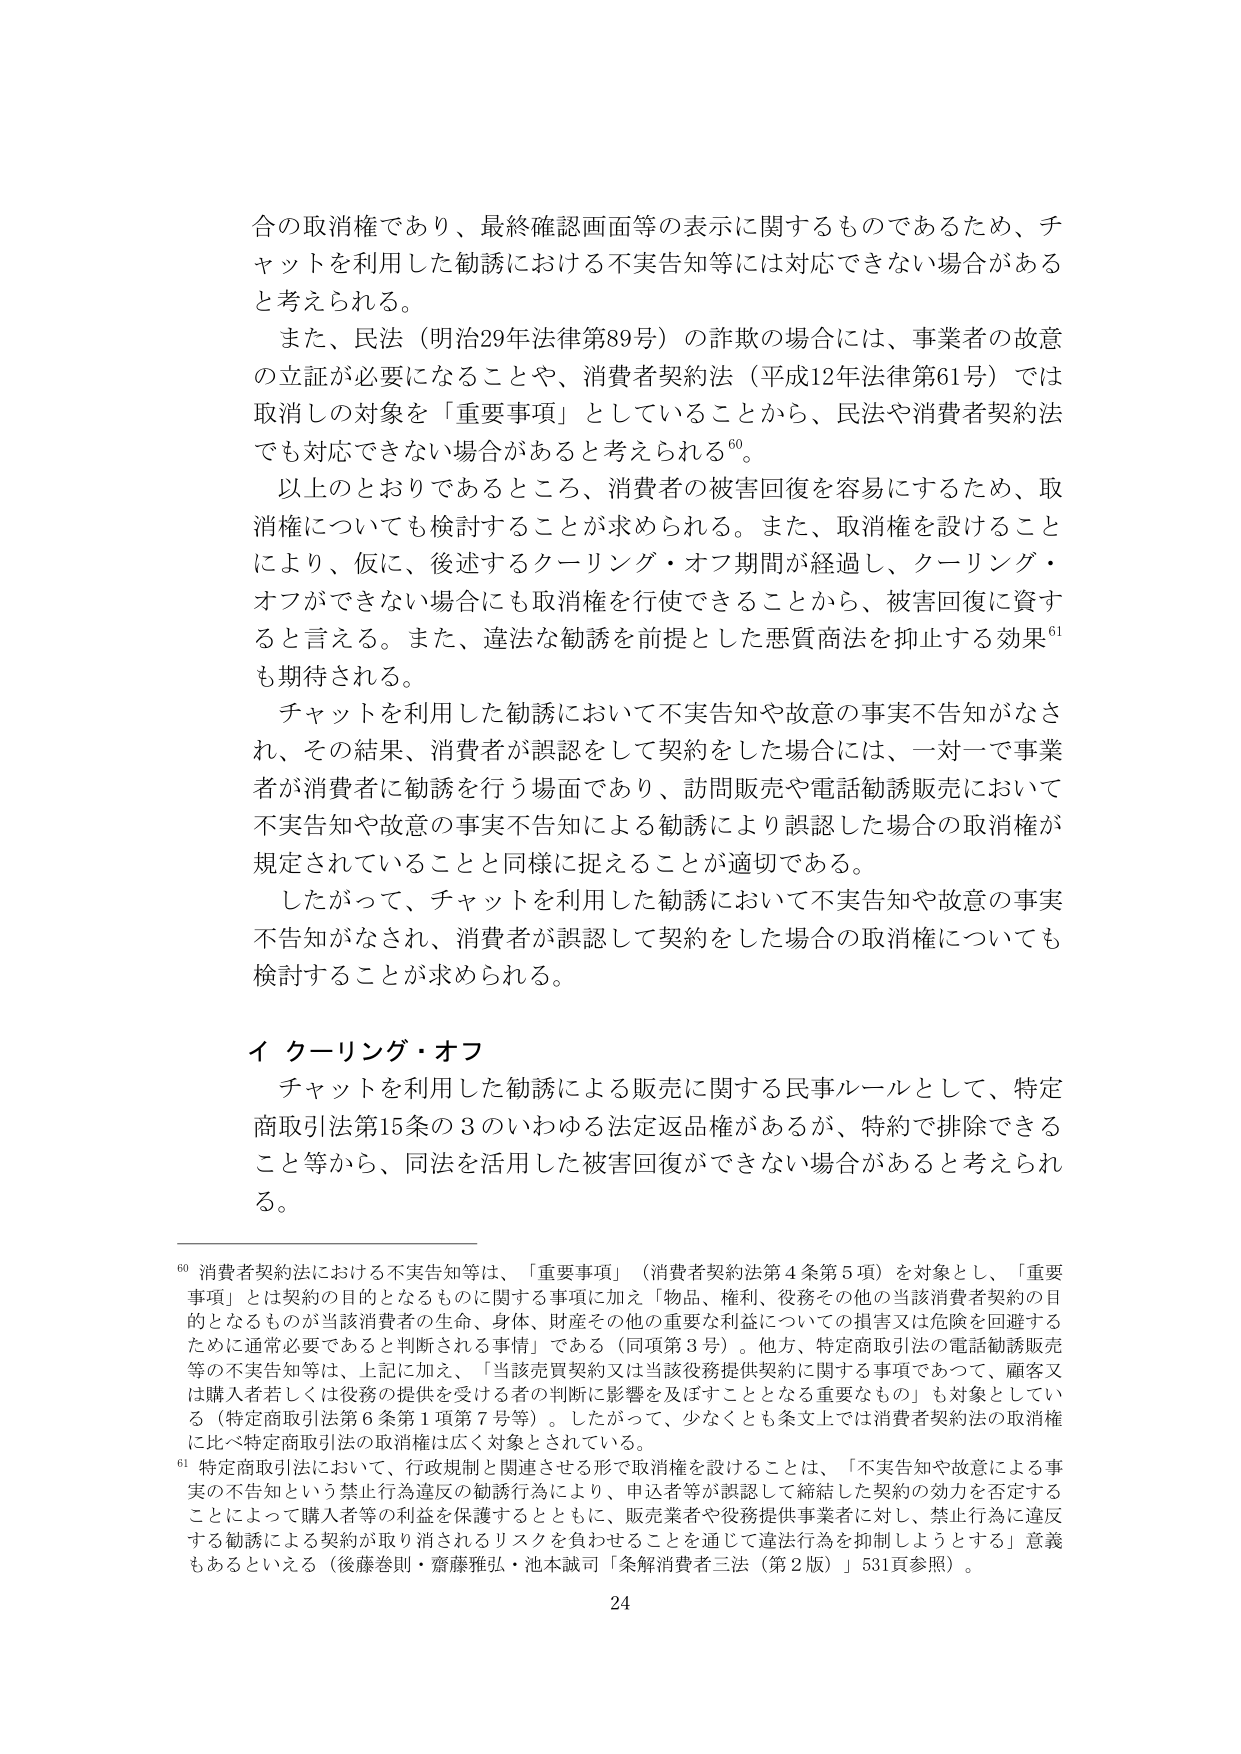
合の取消権であり、最終確認画面等の表示に関するものであるため、チャットを利用した勧誘における不実告知等には対応できない場合があると考えられる。

また、民法（明治29年法律第89号）の詐欺の場合には、事業者の故意の立証が必要になることや、消費者契約法（平成12年法律第61号）では取消しの対象を「重要事項」としていることから、民法や消費者契約法でも対応できない場合があると考えられる⁶⁰。

以上のことよりであるところ、消費者の被害回復を容易にするため、取消権についても検討することが求められる。また、取消権を設けることにより、仮に、後述するクーリング・オフ期間が経過し、クーリング・オフができない場合にも取消権を行使できることから、被害回復に資すると言える。また、違法な勧誘を前提とした悪質商法を抑止する効果⁶¹も期待される。

チャットを利用した勧誘において不実告知や故意の事実不告知がなされ、その結果、消費者が誤認をして契約をした場合には、一対一で事業者が消費者に勧誘を行う場面であり、訪問販売や電話勧誘販売において不実告知や故意の事実不告知による勧誘により誤認した場合の取消権が規定されていることと同様に捉えることが適切である。

したがって、チャットを利用した勧誘において不実告知や故意の事実不告知がなされ、消費者が誤認して契約をした場合の取消権についても検討することが求められる。

イ クーリング・オフ

チャットを利用した勧誘による販売に関する民事ルールとして、特定商取引法第15条の3のいわゆる法定返品権があるが、特約で排除できること等から、同法を活用した被害回復ができない場合があると考えられる。

⁶⁰ 消費者契約法における不実告知等は、「重要事項」（消費者契約法第4条第5項）を対象とし、「重要事項」とは契約の目的となるものに関する事項に加え「物品、権利、役務その他の当該消費者契約の目的となるものが当該消費者の生命、身体、財産その他の重要な利益についての損害又は危険を回避するために通常必要であると判断される事情」である（同項第3号）。他方、特定商取引法の電話勧誘販売等の不実告知等は、上記に加え、「当該売買契約又は当該役務提供契約に関する事項であって、顧客又は購入者若しくは役務の提供を受ける者の判断に影響を及ぼすこととなる重要なもの」も対象としている（特定商取引法第6条第1項第7号等）。したがって、少なくとも条文上では消費者契約法の取消権に比べ特定商取引法の取消権は広く対象とされている。

⁶¹ 特定商取引法において、行政規制と関連させる形で取消権を設けることは、「不実告知や故意による事実の不告知という禁止行為違反の勧誘行為により、申込者等が誤認して締結した契約の効力を否定することによって購入者等の利益を保護するとともに、販売業者や役務提供事業者に対し、禁止行為に違反する勧誘による契約が取り消されるリスクを負わせることを通じて違法行為を抑制しようとする」意義もあるといえる（後藤巻則・齋藤雅弘・池本誠司「条解消費者三法（第2版）」531頁参照）。

24